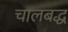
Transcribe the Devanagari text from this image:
चालबद्ध